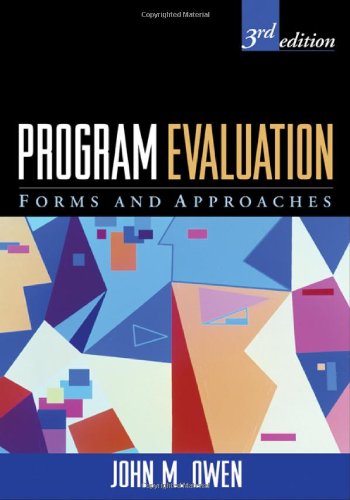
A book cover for Program Evaluation, Third Edition: Forms and Approaches; John M. Owen; Politics & Social Sciences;